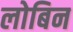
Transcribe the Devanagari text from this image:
लोबिन